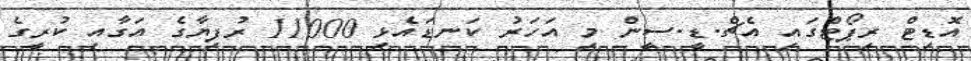
އޮޑިޓް ރިޕޯޓްގައި އެޗް.ޑީ.ސީން މި އަހަރު ކަނޑައެޅި 11000 ރުފިޔާގެ އަގާއި ކުރީގެ